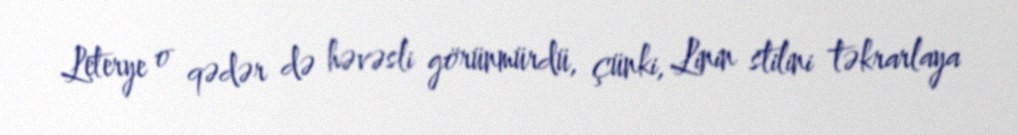
Leterye o qədər də həvəsli görünmürdü, çünki, Linin stilini təkrarlaya